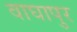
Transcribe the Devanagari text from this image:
वाघापुर